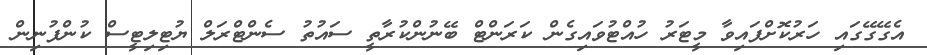
އެގޭގޭގައި ހަރުކޮށްފައިވާ މީޓަރު ހުއްޓުވައިގެން ކަރަންޓް ބޭނުންކުރާތީ ސައުތު ސެންޓްރަލް ޔުޓިލިޓީސް ކުންފުނިން